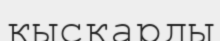
қысқарды